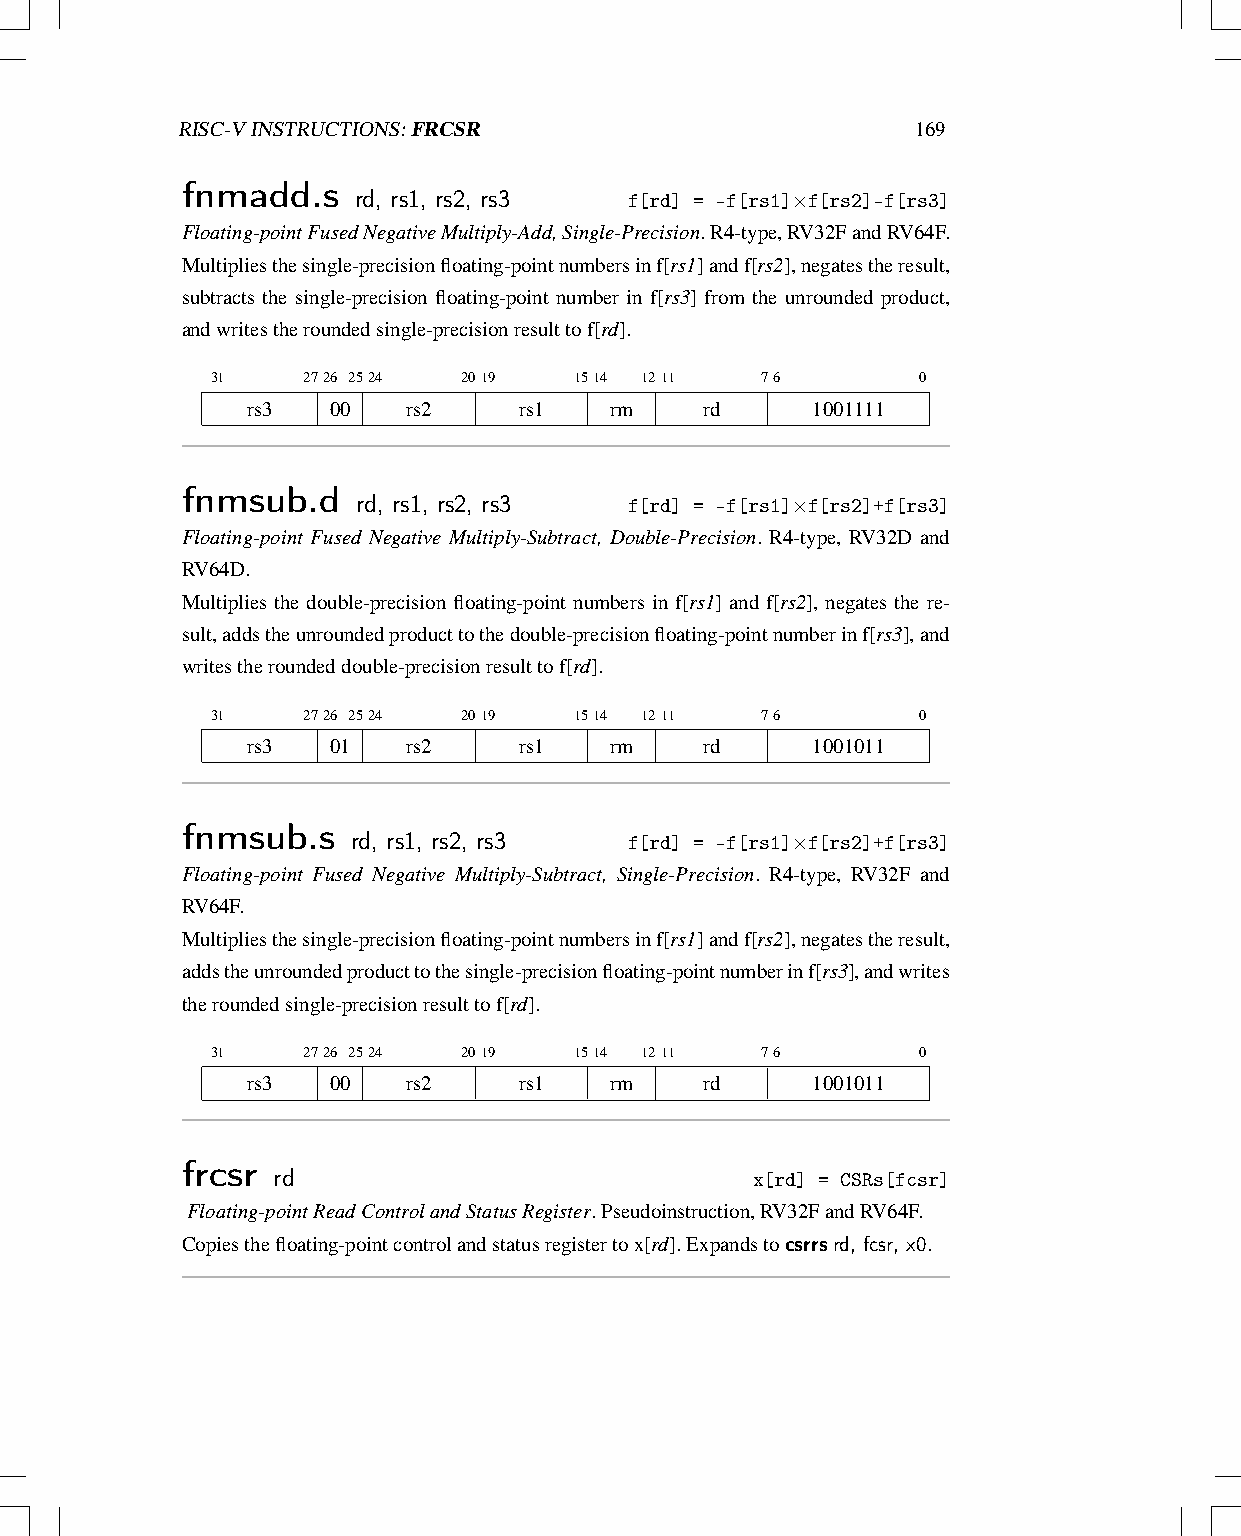
RISC-VINSTRUCTIONS:FRCSR                         169
 fnmadd.s   rd, rs1, rs2, rs3  f[rd] = -f[rs1]×f[rs2]-f[rs3]
 Floating-pointFusedNegativeMultiply-Add,Single-Precision.R4-type,RV32FandRV64F.
 Multipliesthesingle-precisionfloating-pointnumbersinf[rs1]andf[rs2],negatestheresult,
 subtracts the single-precision floating-point number in f[rs3] from the unrounded product,
 andwritestheroundedsingle-precisionresulttof[rd].
 31    2726 2524  2019   1514 1211   76         0
 rs3   00   rs2    rs1   rm     rd     1001111
 fnmsub.d    rd, rs1, rs2, rs3 f[rd] = -f[rs1]×f[rs2]+f[rs3]
 Floating-point Fused Negative Multiply-Subtract, Double-Precision. R4-type, RV32D and
 RV64D.
 Multiplies the double-precision floating-point numbers in f[rs1] and f[rs2], negates the re-
 sult,addstheunroundedproducttothedouble-precisionfloating-pointnumberinf[rs3],and
 writestheroundeddouble-precisionresulttof[rd].
 31    2726 2524  2019   1514 1211   76         0
 rs3   01   rs2    rs1   rm     rd     1001011
 fnmsub.s   rd, rs1, rs2, rs3  f[rd] = -f[rs1]×f[rs2]+f[rs3]
 Floating-point Fused Negative Multiply-Subtract, Single-Precision. R4-type, RV32F and
 RV64F.
 Multipliesthesingle-precisionfloating-pointnumbersinf[rs1]andf[rs2],negatestheresult,
 addstheunroundedproducttothesingle-precisionfloating-pointnumberinf[rs3],andwrites
 theroundedsingle-precisionresulttof[rd].
 31    2726 2524  2019   1514 1211   76         0
 rs3   00   rs2    rs1   rm     rd     1001011
 frcsr rd
 x[rd] = CSRs[fcsr]
 Floating-pointReadControlandStatusRegister.Pseudoinstruction,RV32FandRV64F.
 Copiesthefloating-pointcontrolandstatusregistertox[rd].Expandstocsrrsrd, fcsr, x0.